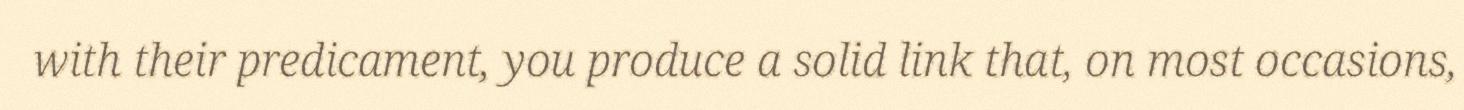
with their predicament, you produce a solid link that, on most occasions,